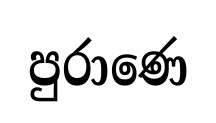
පුරාණෙ